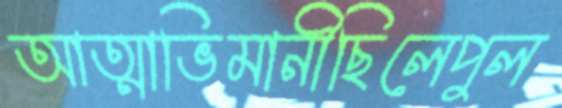
আত্মাভিমানীছিলেপুল